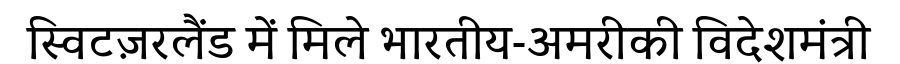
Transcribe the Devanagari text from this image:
स्विटज़रलैंड में मिले भारतीय-अमरीकी विदेशमंत्री